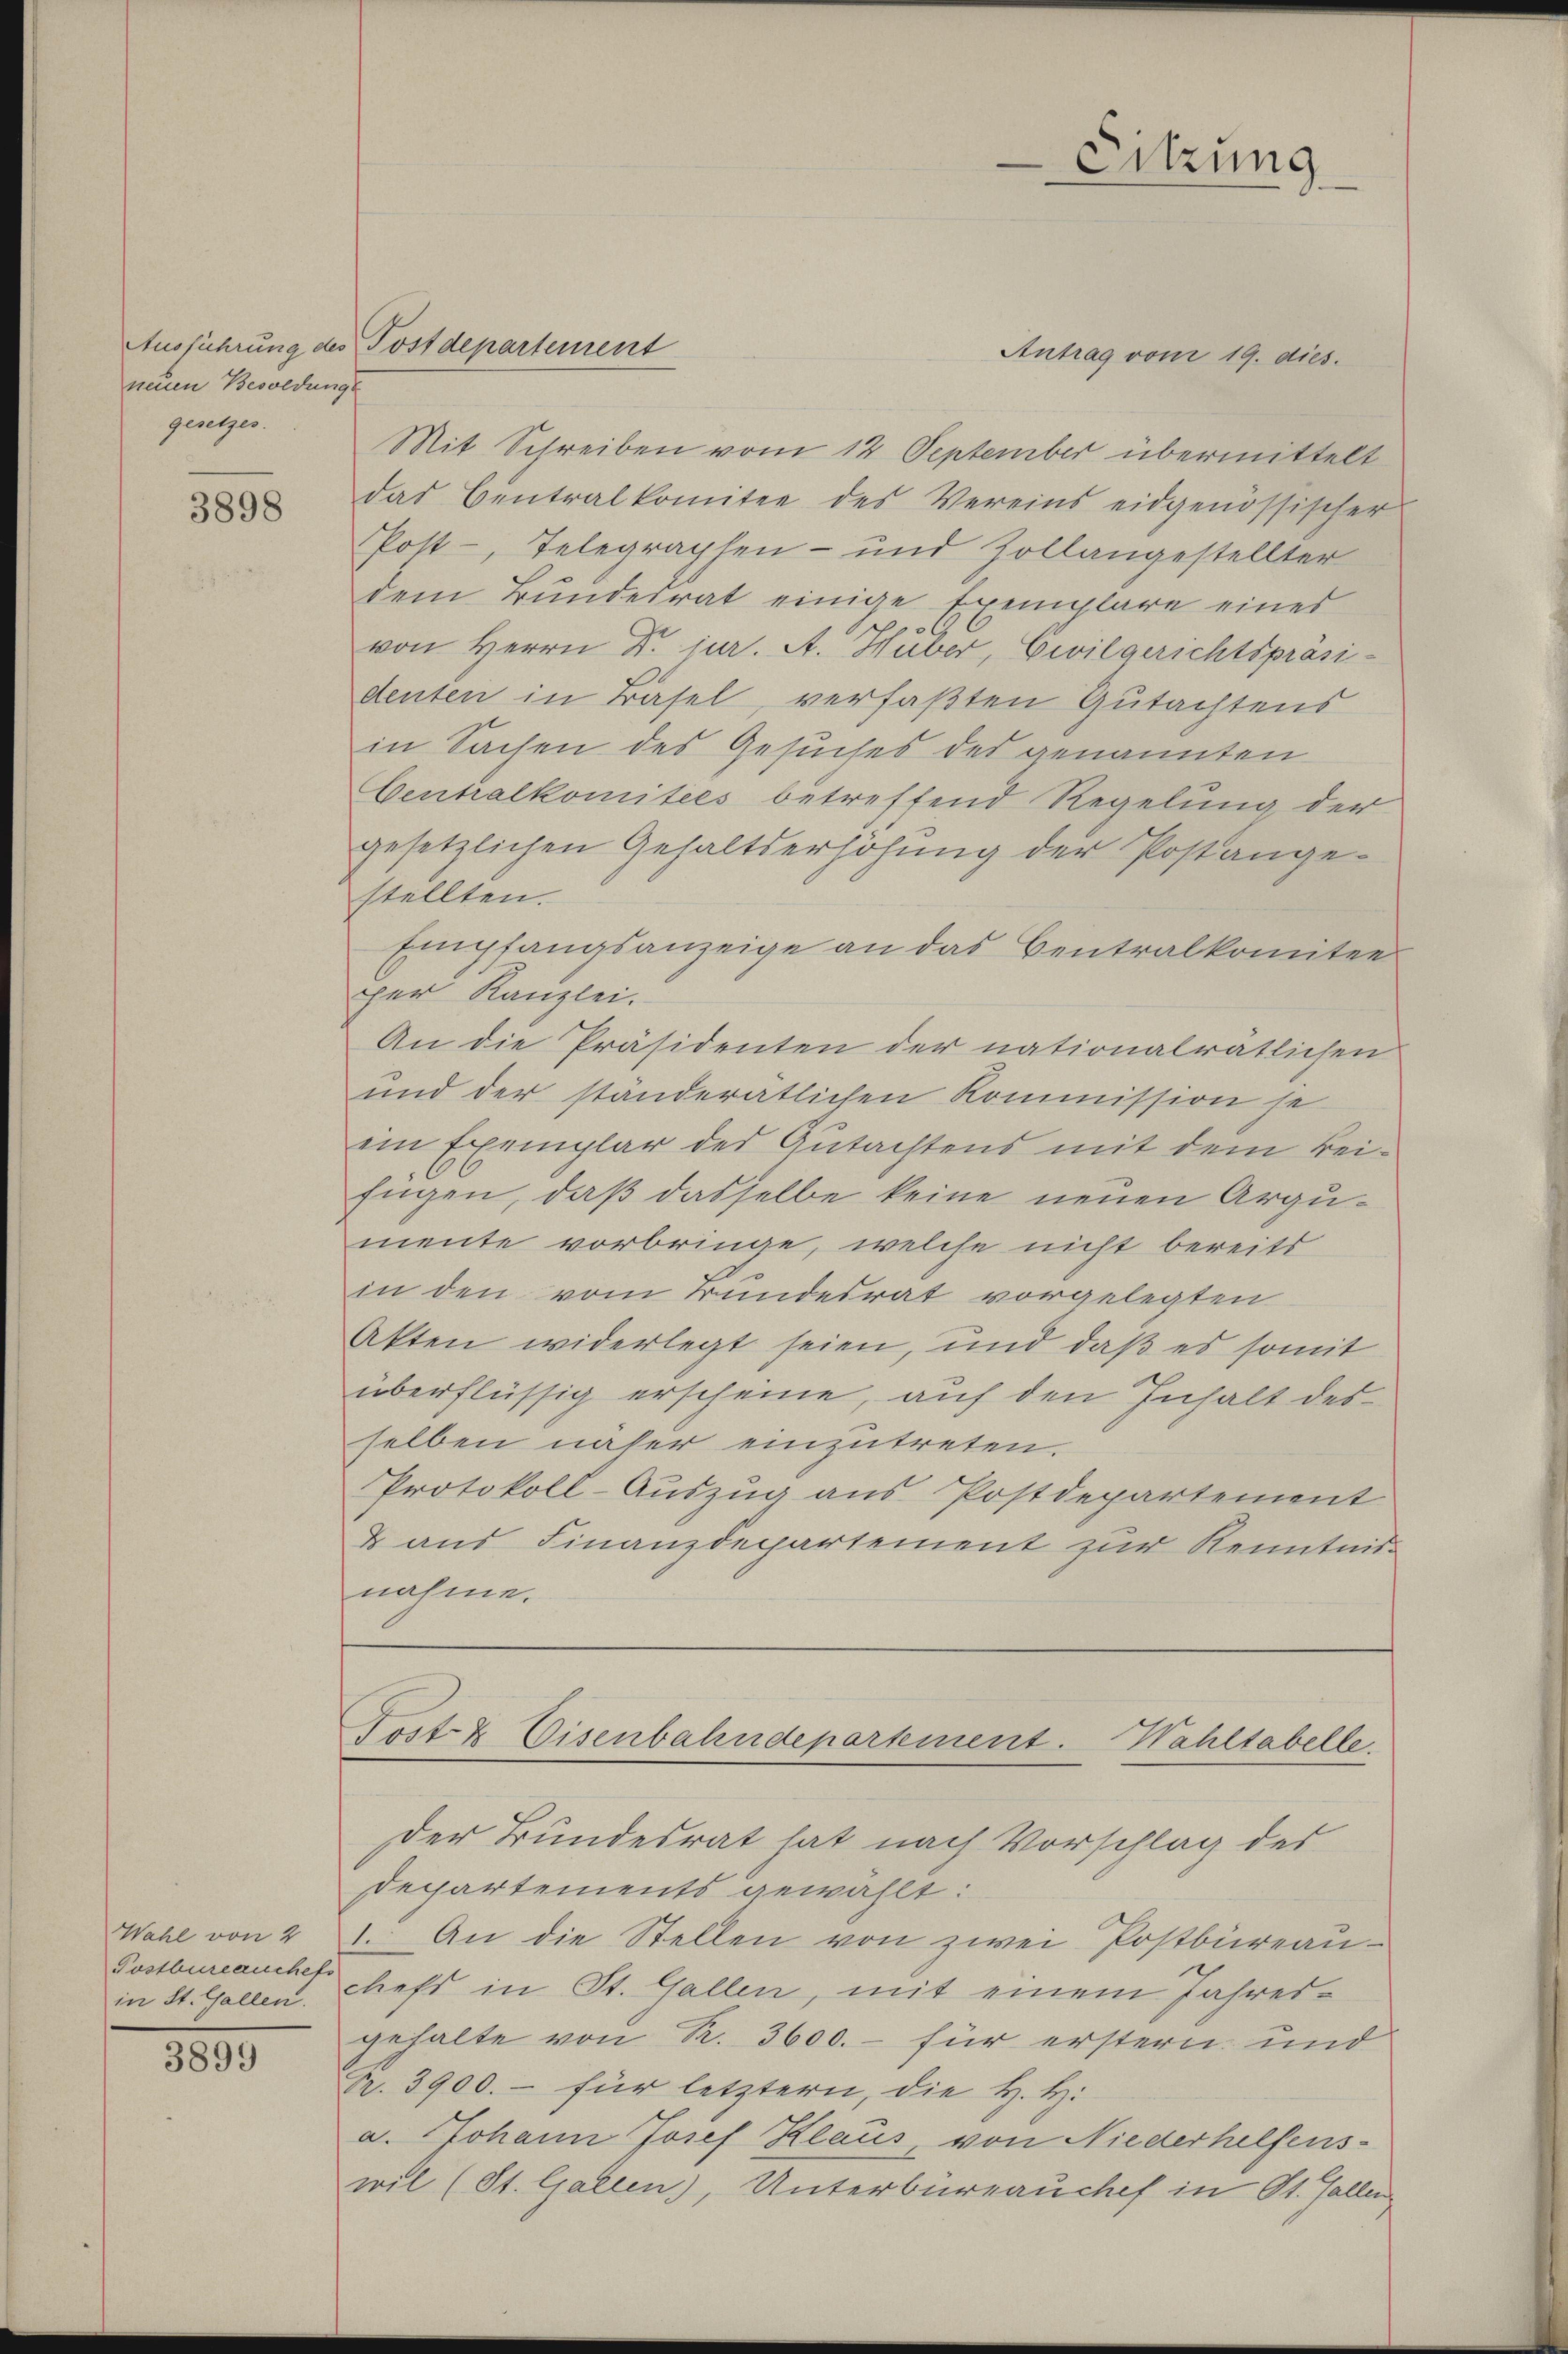
neuen Besoldung
gesetzes.

3898

Wahl von 4
Postbureauchef
in St. Gallen.

3899

Antrag vom 19. dies
Mit Schreiben vom 14 September übermittelt
das Centralkomitee des Vereins eidgenössischer
Post-, Telegraphen- und Zollangestellter
dem Bundeirat einige Exemplare eines
von Herrn Dr. jur. A. Huber, Civilgerichtspräsidenten in Basel, verfaßten Gutachtens
in Sachen des Gesuches des genannten
Centralkomitees betreffend Regelŭng der
gesetzlichen Gehaltserhöhung der Postangestellten.
Empfangsanzeige an das Centralkomitee
per Kanzlei.
An die Präsidenten der nationalrätlichen
und der ständeratlichen Kommission se
ein Exemplar des Gutachtens mit dem Beifügen, daß dasselbe keine neuen Argumente vorbringe, welche nicht bereits
A
in den vom Bundesrat vorgelegten
Akten widerlegt seien, und daß es somit
überflüssig erscheine, auf den Inhalt des
selben näher einzutreten.
Protokoll-Auszug aus Postdepartement
& aus Finanzdepartement zur Kenntnisnahme.

Ausführung des Postdepartement

Sitzung

Post & Eisenbahndepartement. Wahltabelle.
der Bundesrat hat nach Vorschlag des

Departements gewählt:
1. An die Stellen von zwei Postbüreau-
chefs in St. Gallen, mit einem Jahresgehalte von R. 3600.- für erstern und
Nr. 3900.- für letztern, die H. H.
a. Johann Josef Klaus, von Niederhelfenswil (St. Gallen), Unterbüreauchef in St. Gallen